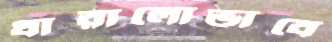
ধারালোভাবে